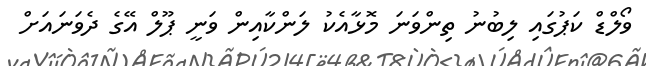
ވޯލްޑް ކަޕުގައި ލިބުނު ތިންވަނަ މޮޅާއެކު ލަންކާއިން ވަނީ ޕޫލް އޭގެ ދެވަނައަށް